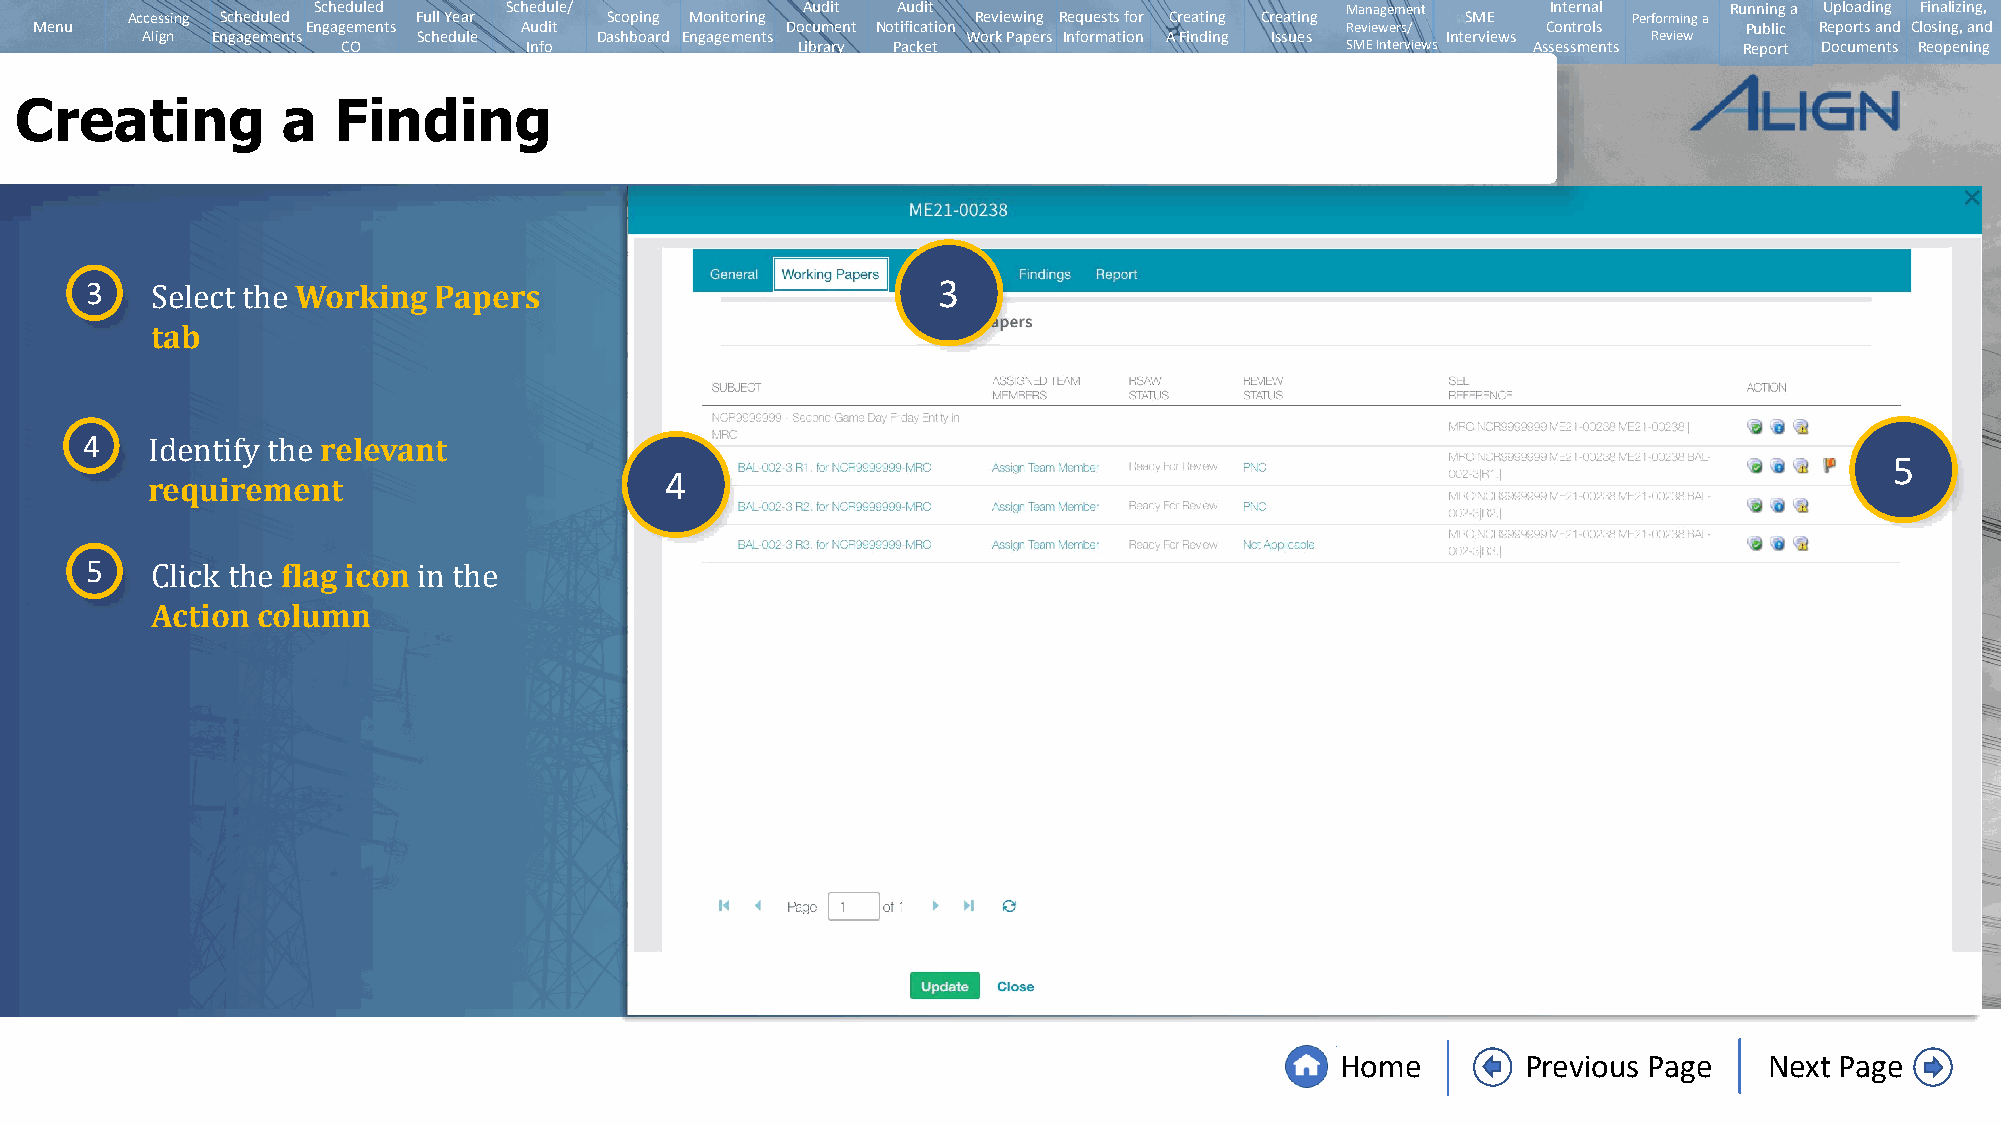
Scheduled   Schedule/           Audit Audit                         Management    Internal   Running a Uploading Finalizing,
 Accessing Scheduled Full Year   Scoping Monitoring       Reviewing Requests for Creating Creating SME Performing a
 Menu              Engagements   Audit             Document Notification                Reviewers/   Controls      Public Reports and Closing, and
 Align Engagements  Schedule   Dashboard Engagements    Work Papers Information A Finding Issues Interviews Review
 CO          Info              Library Packet                      SMEInterviews Assessments Report Documents Reopening
 Creating          a  Finding
 3             Working  Papers                           3
 tab
 Select the
 4               relevant
 5
 4
 requirement
 Identify the
 5            flag icon
 Action column
 Click the         in the
 Home        Previous Page   Next Page